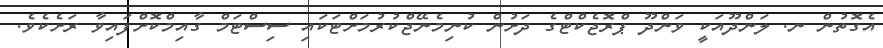
އެގޮތުން ނ. ލަންދޫއަކީ ވަންދޫ ޕްރޮޖެކްޓްގެ ދަށުން ކުނިމެނޭޖްކުރުމަށްޓަކައި ސިސްޓަމް ގާއިމްކޮށްފައިވާ ރަށެކެވެ.